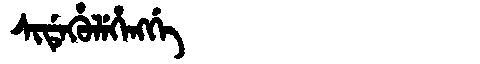
Manchu: ᠰᡳᡩᡝᡥᡠᠯᡝᡥᡝᠩᡤᡝ
Romanization: SIDEHULEHENGGE